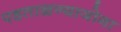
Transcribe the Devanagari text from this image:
पडताळण्याजोगा